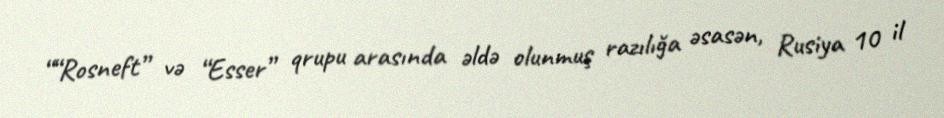
““Rosneft” və “Esser” qrupu arasında əldə olunmuş razılığa əsasən, Rusiya 10 il